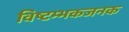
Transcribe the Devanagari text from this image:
विष्टम्भकजनक